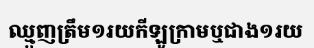
ឈ្មួញត្រឹម១រយកីឡូក្រាមឬជាង១រយ